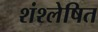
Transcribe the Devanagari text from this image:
शंश्लेषित